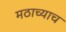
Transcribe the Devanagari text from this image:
मठाच्याच